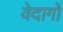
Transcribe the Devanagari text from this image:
वेदागों